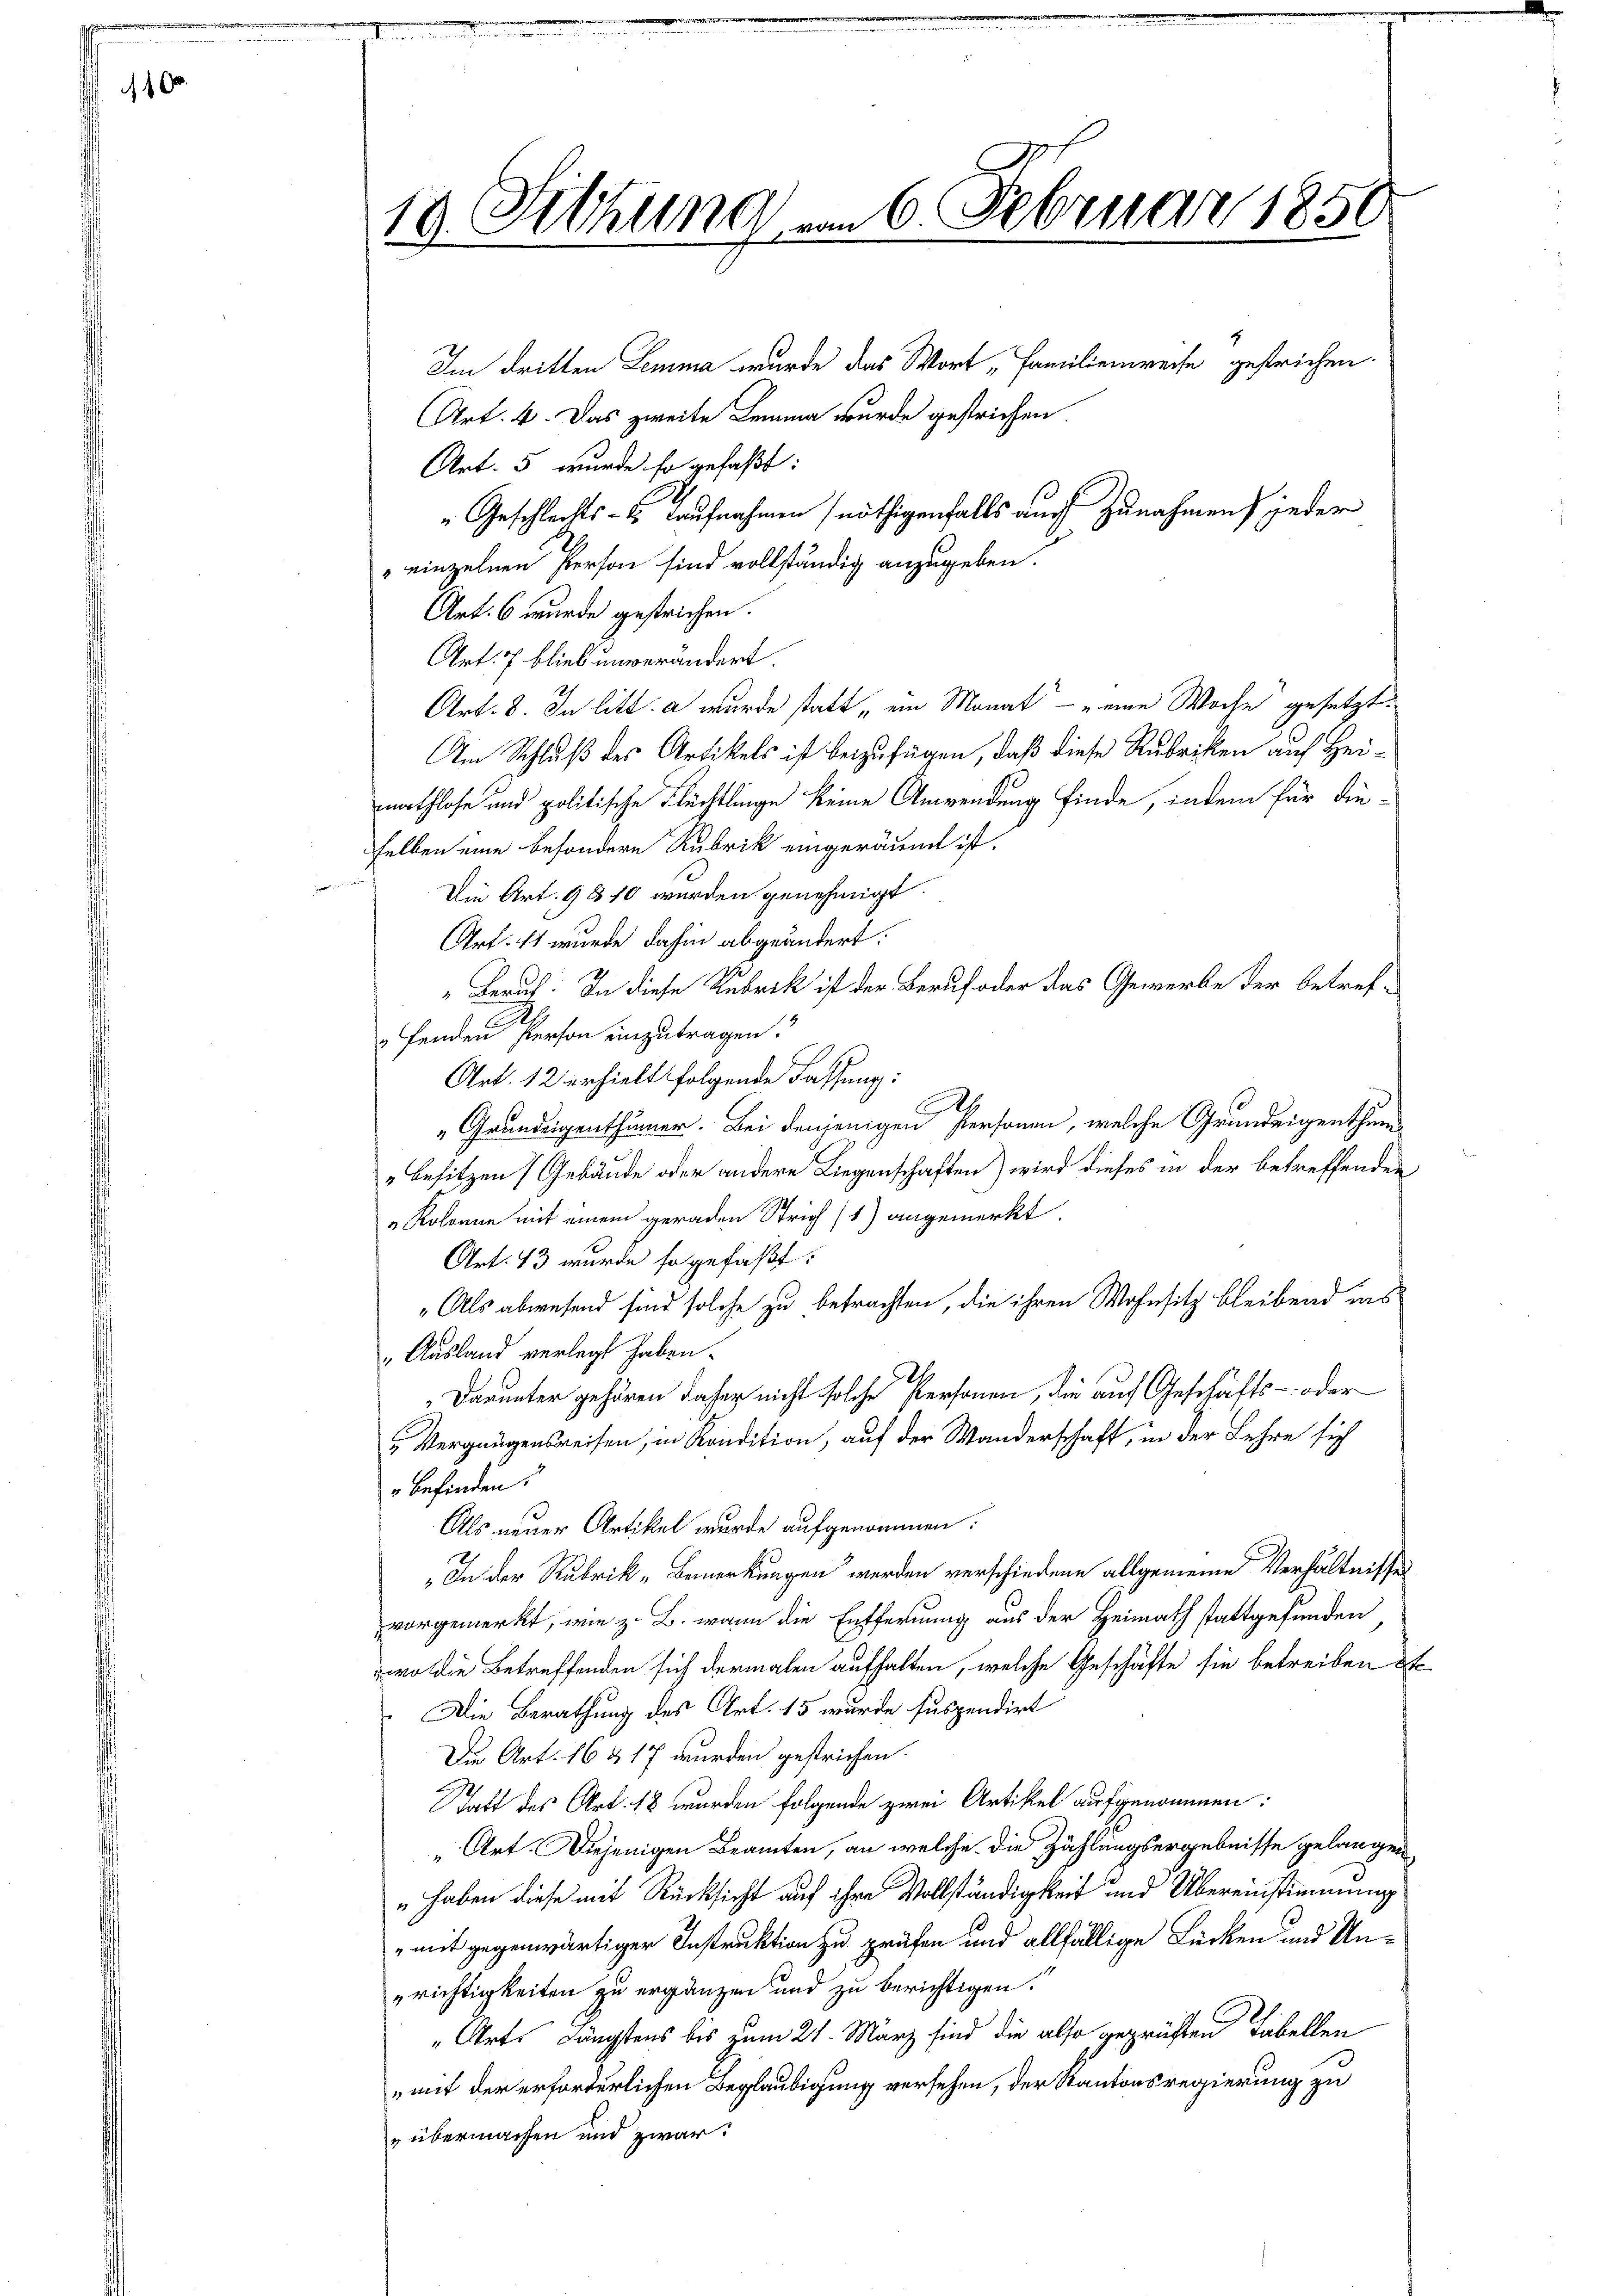
100

Im dritten Lemma wurde das Wort „Familienweise gestrichen.
Art. 4. Das zweite Lemma wurde gestrichen.
Art. 5 wurde so gefaßt:
„Geschlechts- u. Laufnahmen (nöthigenfalls auch zunahmen) jeder
einzelnen Person sind vollständig anzugeben.
Art. 6 wurde gestrichen.
Art. 7 blieb unverändert.
Art. 8. In litt. a wurde statt „ein Monat - eine Woche gesetzt.
Am Schluß des Artikels ist beizufügen, daß diese Rubriken auf Heimathlose und politische Flüchtlinge keine Anwendung finde, indem für dieselben eine besondere Rubrik eingeräumt ist.
Die Art. 9810 wurden genehmigt.
Art. 11 wurde dahin abgeändert:
"Beruf: In diese Rubrik ist der Beruf oder das Gewerbe der betref¬
Fenden Person einzutragen:
Art. 12 erhielt folgende Fassung:
.
„Grundeigenthümer. Bei denjenigen Personen, welche Grundeigenthum
„Besitzen Gebäude oder andere Liegenschaften) wird dieses in der betreffenden
„Kolonne mit einem geraden Strich (1) angemerkt.
Art. 13 wurde so gefaßt:
„Als abwesend sind solche zu betrachten, die ihren Wohnsitz bleibend ins
Ausland verlegt haben.
Darunter gehören daher nicht solche Personen, die auf Geschäfts- oder
Vergnügensreisen, in Kondition, auf der Wanderschaft, in der Lehre sich
befinden.
Als neuer Artikel wurde aufgenommen:
„In der Rubrik „Bemerkungen werden verschiedene allgemeine Verhältnisses
vorgemerkt, wie z. B. wann die Entfernung aus der Heimath stattgefunden
o die Betreffenden sich dermalen aufhalten, welche Geschäfte sie betreiben d
Die Berathung des Art. 15 wurde suspendirt
Die Art. 16 & 17 wurden gestrichen.
Tatt des Art. 18 wurden folgende zwei Artikel aufgenommen:
„Art. Diejenigen Beamten, an welche die Zählungsergebnisse gelangen
„haben diese mit Rücksicht auf ihre Vollständigkeit und Übereinstimmung
" mit gegenwärtiger Instruktion zu prüfen und allfällige Lücken und Un¬
„richtigkeiten zu ergänzen und zu berichtigen.
Art. Längstens bis zum 21. März sind die also geprüften Tabellen
mit der erforderlichen Beglaubigung versehen, der Kantonsregierung zu
" übermachen und zwar:

Februar 1851
19. Fethung vom 6